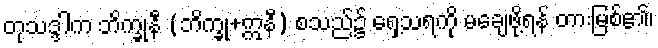
တုသဒ္ဒါက ဘိက္ခုနီ (ဘိက္ခု+ဣနီ) စသည်၌ ရှေ့သရကို မချေဖို့ရန် တားမြစ်၏၊